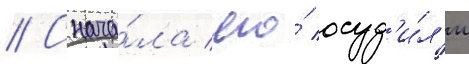
// Снача́ла его́ осуд'и́л'и